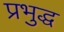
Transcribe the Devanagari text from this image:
प्रभुद्ध